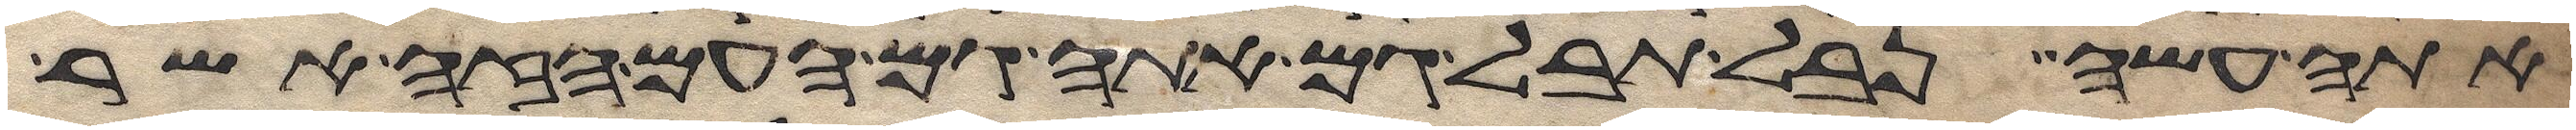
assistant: אתה עשה נבל תבל גם אתה גם העם הזה אשר